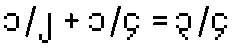
၁/၂ + ၁/၄ = ၃/၄